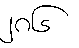
၂၈၆